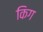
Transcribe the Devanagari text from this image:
किग